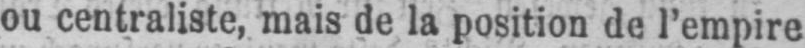
ou centraliste, mais de la position de l’empire